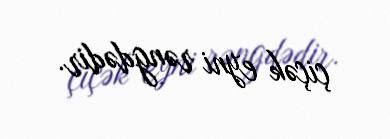
çiçək eyni rəngdədir.